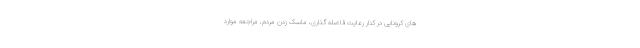
های کرونایی در کنار رعایت فاصله گذاری، ماسک زدن مردم، مراجعه موارد